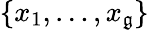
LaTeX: \{ x_{1},\dots,x_{\mathfrak{g}}\}